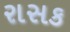
રાસક